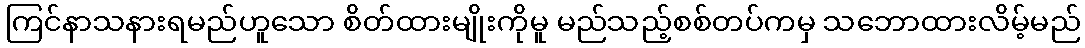
ကြင်နာသနားရမည်ဟူသော စိတ်ထားမျိုးကိုမူ မည်သည့်စစ်တပ်ကမှ သဘောထားလိမ့်မည်